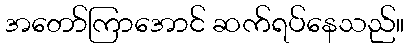
အတော်ကြာအောင် ဆက်ရပ်နေသည်။